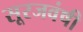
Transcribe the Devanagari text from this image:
सूरजवंषी